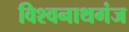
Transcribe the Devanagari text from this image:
विश्‍वनाथगंज